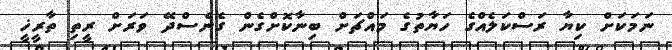
ނަމަކަށް ކިޔާ ރަސްކަލެއްގެ ހަޔާތުގެ މައްޗަށް ބިނާކޮށްގެން ގެނެސްދޭ ވަރަށް ރީތި ތާރީޚީ